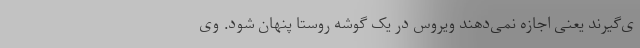
ی‌گیرند یعنی اجازه نمی‌دهند ویروس در یک گوشه روستا پنهان شود. وی